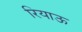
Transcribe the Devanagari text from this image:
रियाऊ